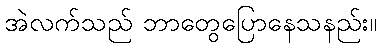
အဲလက်သည် ဘာတွေပြောနေသနည်း။